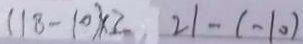
( 1 8 - 1 0 ) \times 2 2 1 - ( - 1 0 )